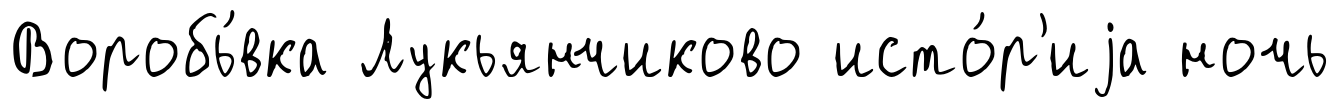
Воробь́вка Лукьянчиково исто́р'иjа ночь